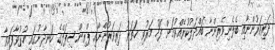
ދަރިވަރުންނާއި ބެލެނިވެރިންނާ ބައްދަލުކުރެއްވުމަށް ފަހު މަރުވި ހަތަރު ދަރިވަރުންނާއި ޕްރިންސިޕަލްގެ ހަނދާނުގައި ހުޅުވާފައިވާ